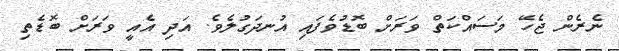
ނެރެން ޖެހޭ މަސައްކަތް ވަރަށް ބޮޑުވެފައި އުނދަގުލެވެ. އަދި އެއީ ވަރަށް ބޮޑެތި